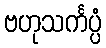
ဗဟုသင်္ကပ္ပံ